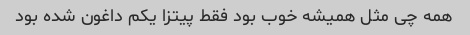
همه چی مثل همیشه خوب بود فقط پیتزا یکم داغون شده بود